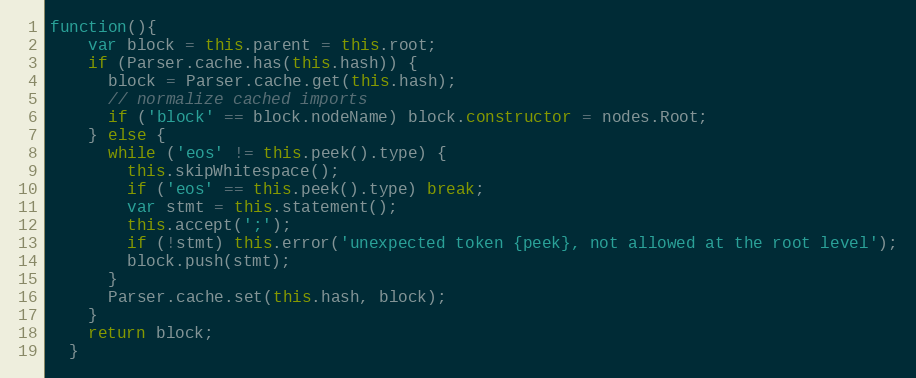
Language: JavaScript
function(){
    var block = this.parent = this.root;
    if (Parser.cache.has(this.hash)) {
      block = Parser.cache.get(this.hash);
      // normalize cached imports
      if ('block' == block.nodeName) block.constructor = nodes.Root;
    } else {
      while ('eos' != this.peek().type) {
        this.skipWhitespace();
        if ('eos' == this.peek().type) break;
        var stmt = this.statement();
        this.accept(';');
        if (!stmt) this.error('unexpected token {peek}, not allowed at the root level');
        block.push(stmt);
      }
      Parser.cache.set(this.hash, block);
    }
    return block;
  }